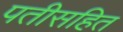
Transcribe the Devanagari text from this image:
पतीसहित